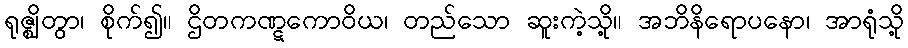
ရုဇ္ဈိတွာ၊ စိုက်၍။ ဌိတကဏ္ဋကောဝိယ၊ တည်သော ဆူးကဲ့သို့။ အဘိနိရောပနော၊ အာရုံသို့